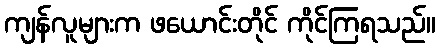
ကျန်လူများက ဖယောင်းတိုင် ကိုင်ကြရသည်။